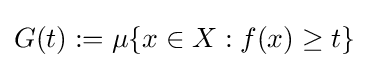
G(t):=\mu \{x\in X:f(x)\geq t\}